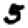
Digit: 5